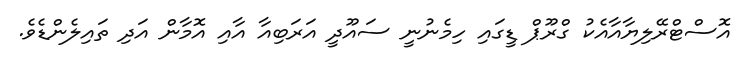
އޮސްޓްރޭލިޔާއާއެކު ގްރޫޕް ޑީގައި ހިމެނުނީ ސައޫދީ އަރަބިއާ އާއި އޮމާން އަދި ތައިލެންޑެވެ.